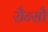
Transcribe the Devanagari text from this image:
रौन्सौ